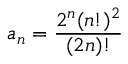
a _ { n } = \frac { 2 ^ { n } ( n ! ) ^ { 2 } } { ( 2 n ) ! }